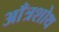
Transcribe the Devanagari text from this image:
आँत्रशोथ